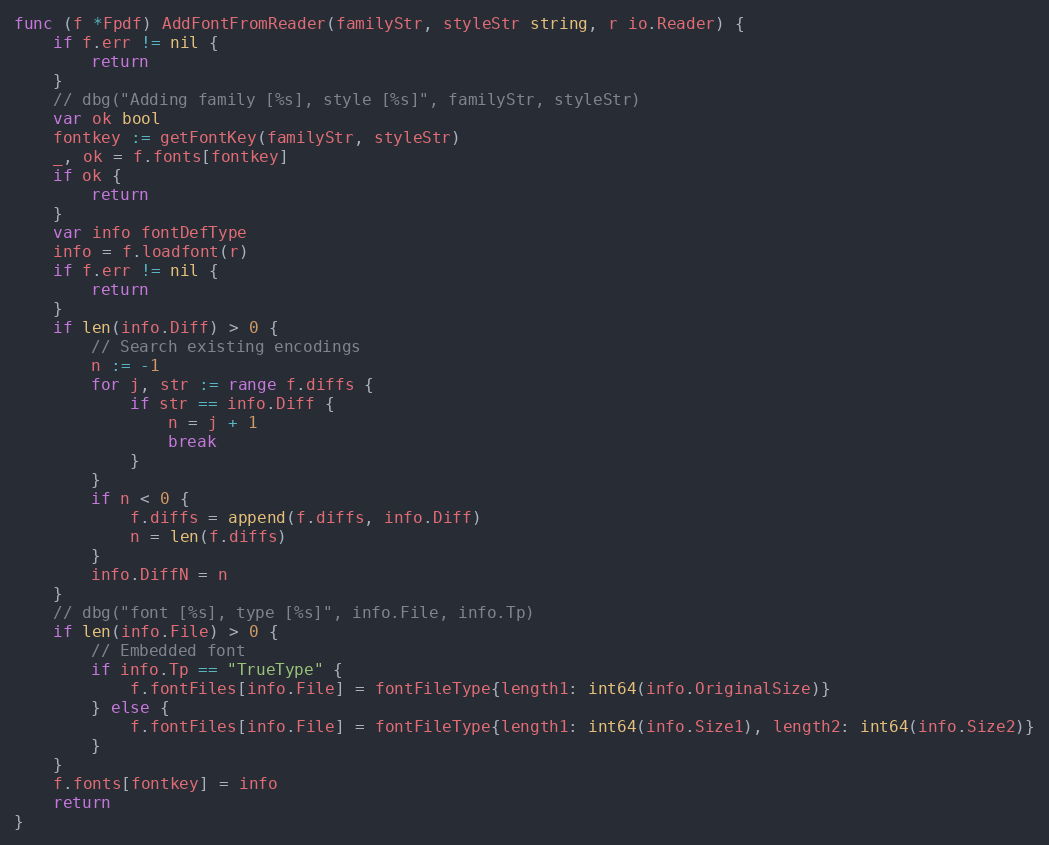
Language: Go
func (f *Fpdf) AddFontFromReader(familyStr, styleStr string, r io.Reader) {
	if f.err != nil {
		return
	}
	// dbg("Adding family [%s], style [%s]", familyStr, styleStr)
	var ok bool
	fontkey := getFontKey(familyStr, styleStr)
	_, ok = f.fonts[fontkey]
	if ok {
		return
	}
	var info fontDefType
	info = f.loadfont(r)
	if f.err != nil {
		return
	}
	if len(info.Diff) > 0 {
		// Search existing encodings
		n := -1
		for j, str := range f.diffs {
			if str == info.Diff {
				n = j + 1
				break
			}
		}
		if n < 0 {
			f.diffs = append(f.diffs, info.Diff)
			n = len(f.diffs)
		}
		info.DiffN = n
	}
	// dbg("font [%s], type [%s]", info.File, info.Tp)
	if len(info.File) > 0 {
		// Embedded font
		if info.Tp == "TrueType" {
			f.fontFiles[info.File] = fontFileType{length1: int64(info.OriginalSize)}
		} else {
			f.fontFiles[info.File] = fontFileType{length1: int64(info.Size1), length2: int64(info.Size2)}
		}
	}
	f.fonts[fontkey] = info
	return
}